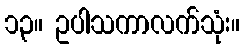
၁၃။ ဥပါသကာလက်သုံး။